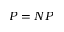
P = N P